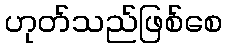
ဟုတ်သည်ဖြစ်စေ